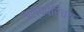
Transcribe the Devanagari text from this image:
अल्पपरिचय